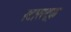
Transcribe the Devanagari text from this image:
स्टारस्ट्रक